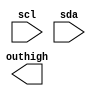
module out16hi(scl,sda,outhigh);
input scl,sda;
output [15:0] outhigh;
reg [5:0] mstate;
reg [3:0] pdata,
            padatabuf;
reg [15:0] outhigh;
reg StartFlag,EndFlag;
always @(negedge sda) begin
    if(scl)
    begin
      StartFlag<=1;
    end
    else if(EndFlag)
        StartFlag<=0;
    end

always @(posedge sda ) begin
    if(scl)
    begin
        EndFlag<=1;
        pdatabuf<=pdata;
    end
    else
        EndFlag<=0;
    end
parameter ready = 6'b00_0001;
endmodule